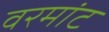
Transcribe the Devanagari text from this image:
वरमांट